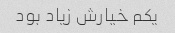
یکم خیارش زیاد بود